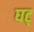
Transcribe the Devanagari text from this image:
घट्